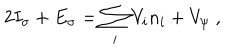
2 I _ { \sigma } + E _ { \sigma } = \sum _ { i } V _ { i } n _ { i } + V _ { \psi } \; ,